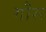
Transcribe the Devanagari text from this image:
गौरू